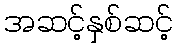
အဆင့်နှစ်ဆင့်